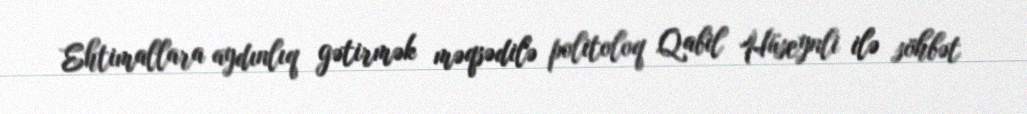
Ehtimallara aydınlıq gətirmək məqsədilə politoloq Qabil Hüseynli ilə söhbət